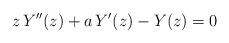
LaTeX: \begin{align*} z\,Y''(z)+a\,Y'(z)-Y(z)=0\end{align*}